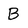
Character: B